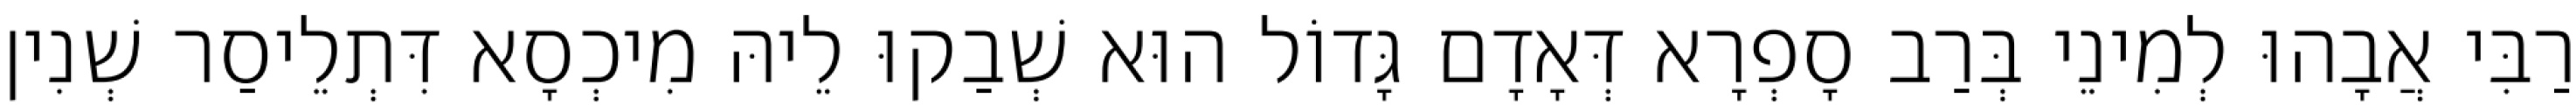
רַבִּי אֲבָהוּ לְמִינֵי בְּרַב סָפְרָא דְּאָדָם גָּדוֹל הוּא שְׁבַקוּ לֵיהּ מִיכְסָא דִּתְלֵיסַר שְׁנִין